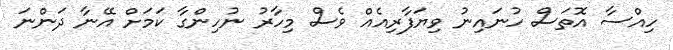
ހިއްސާ އޮތަސް ހުނައިނު ވިޔަފާރިއެއް ވެސް މިހާރު ނުހިންގާ ކަމަށް އޭނާ ދަންނަ